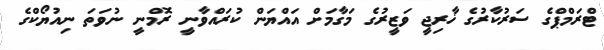
ޓްރަމްޕްގެ ސަރުކާރުގެ ޚާރިޖީ ވަޒީރުގެ މަގާމަށް އައްޔަން ކުރައްވާނީ ރޮމްނީ ނުވަތަ ނިއުޔޯކްގެ